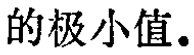
的极小值。